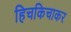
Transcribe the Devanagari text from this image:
हिचकिचाकर